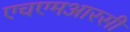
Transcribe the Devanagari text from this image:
एचएमआरसी